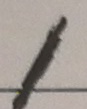
1